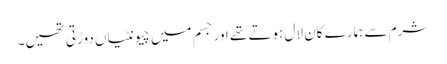
شرم سے ہمارے کان لال ہوتے تھے اور جسم میں چیونٹیاں دوڑتی تھیں۔